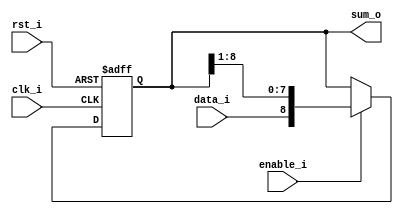
`timescale 1ns / 1ps
//////////////////////////////////////////////////////////////////////////////////
// Company: 
// Engineer: 
// 
// Design Name: 
// Module Name: shift_r_sum
// Project Name: 
// Target Devices: 
// Tool Versions: 
// Description: 
// 
// Dependencies: 
// 
// Revision:
// Revision 0.01 - File Created
// Additional Comments:
// 
//////////////////////////////////////////////////////////////////////////////////


module shift_r_sum(
                    input data_i,
                    input clk_i,
                    input enable_i,
                    input rst_i,
                    output reg[8:0] sum_o
    );
        
        always@(posedge clk_i or negedge rst_i)begin
            if(!rst_i)begin
                sum_o <= 0;
            end else begin
                if(enable_i)begin
                        sum_o <= {data_i,sum_o[8:1]};
                end
            end
        
        end
    
    
    
endmodule